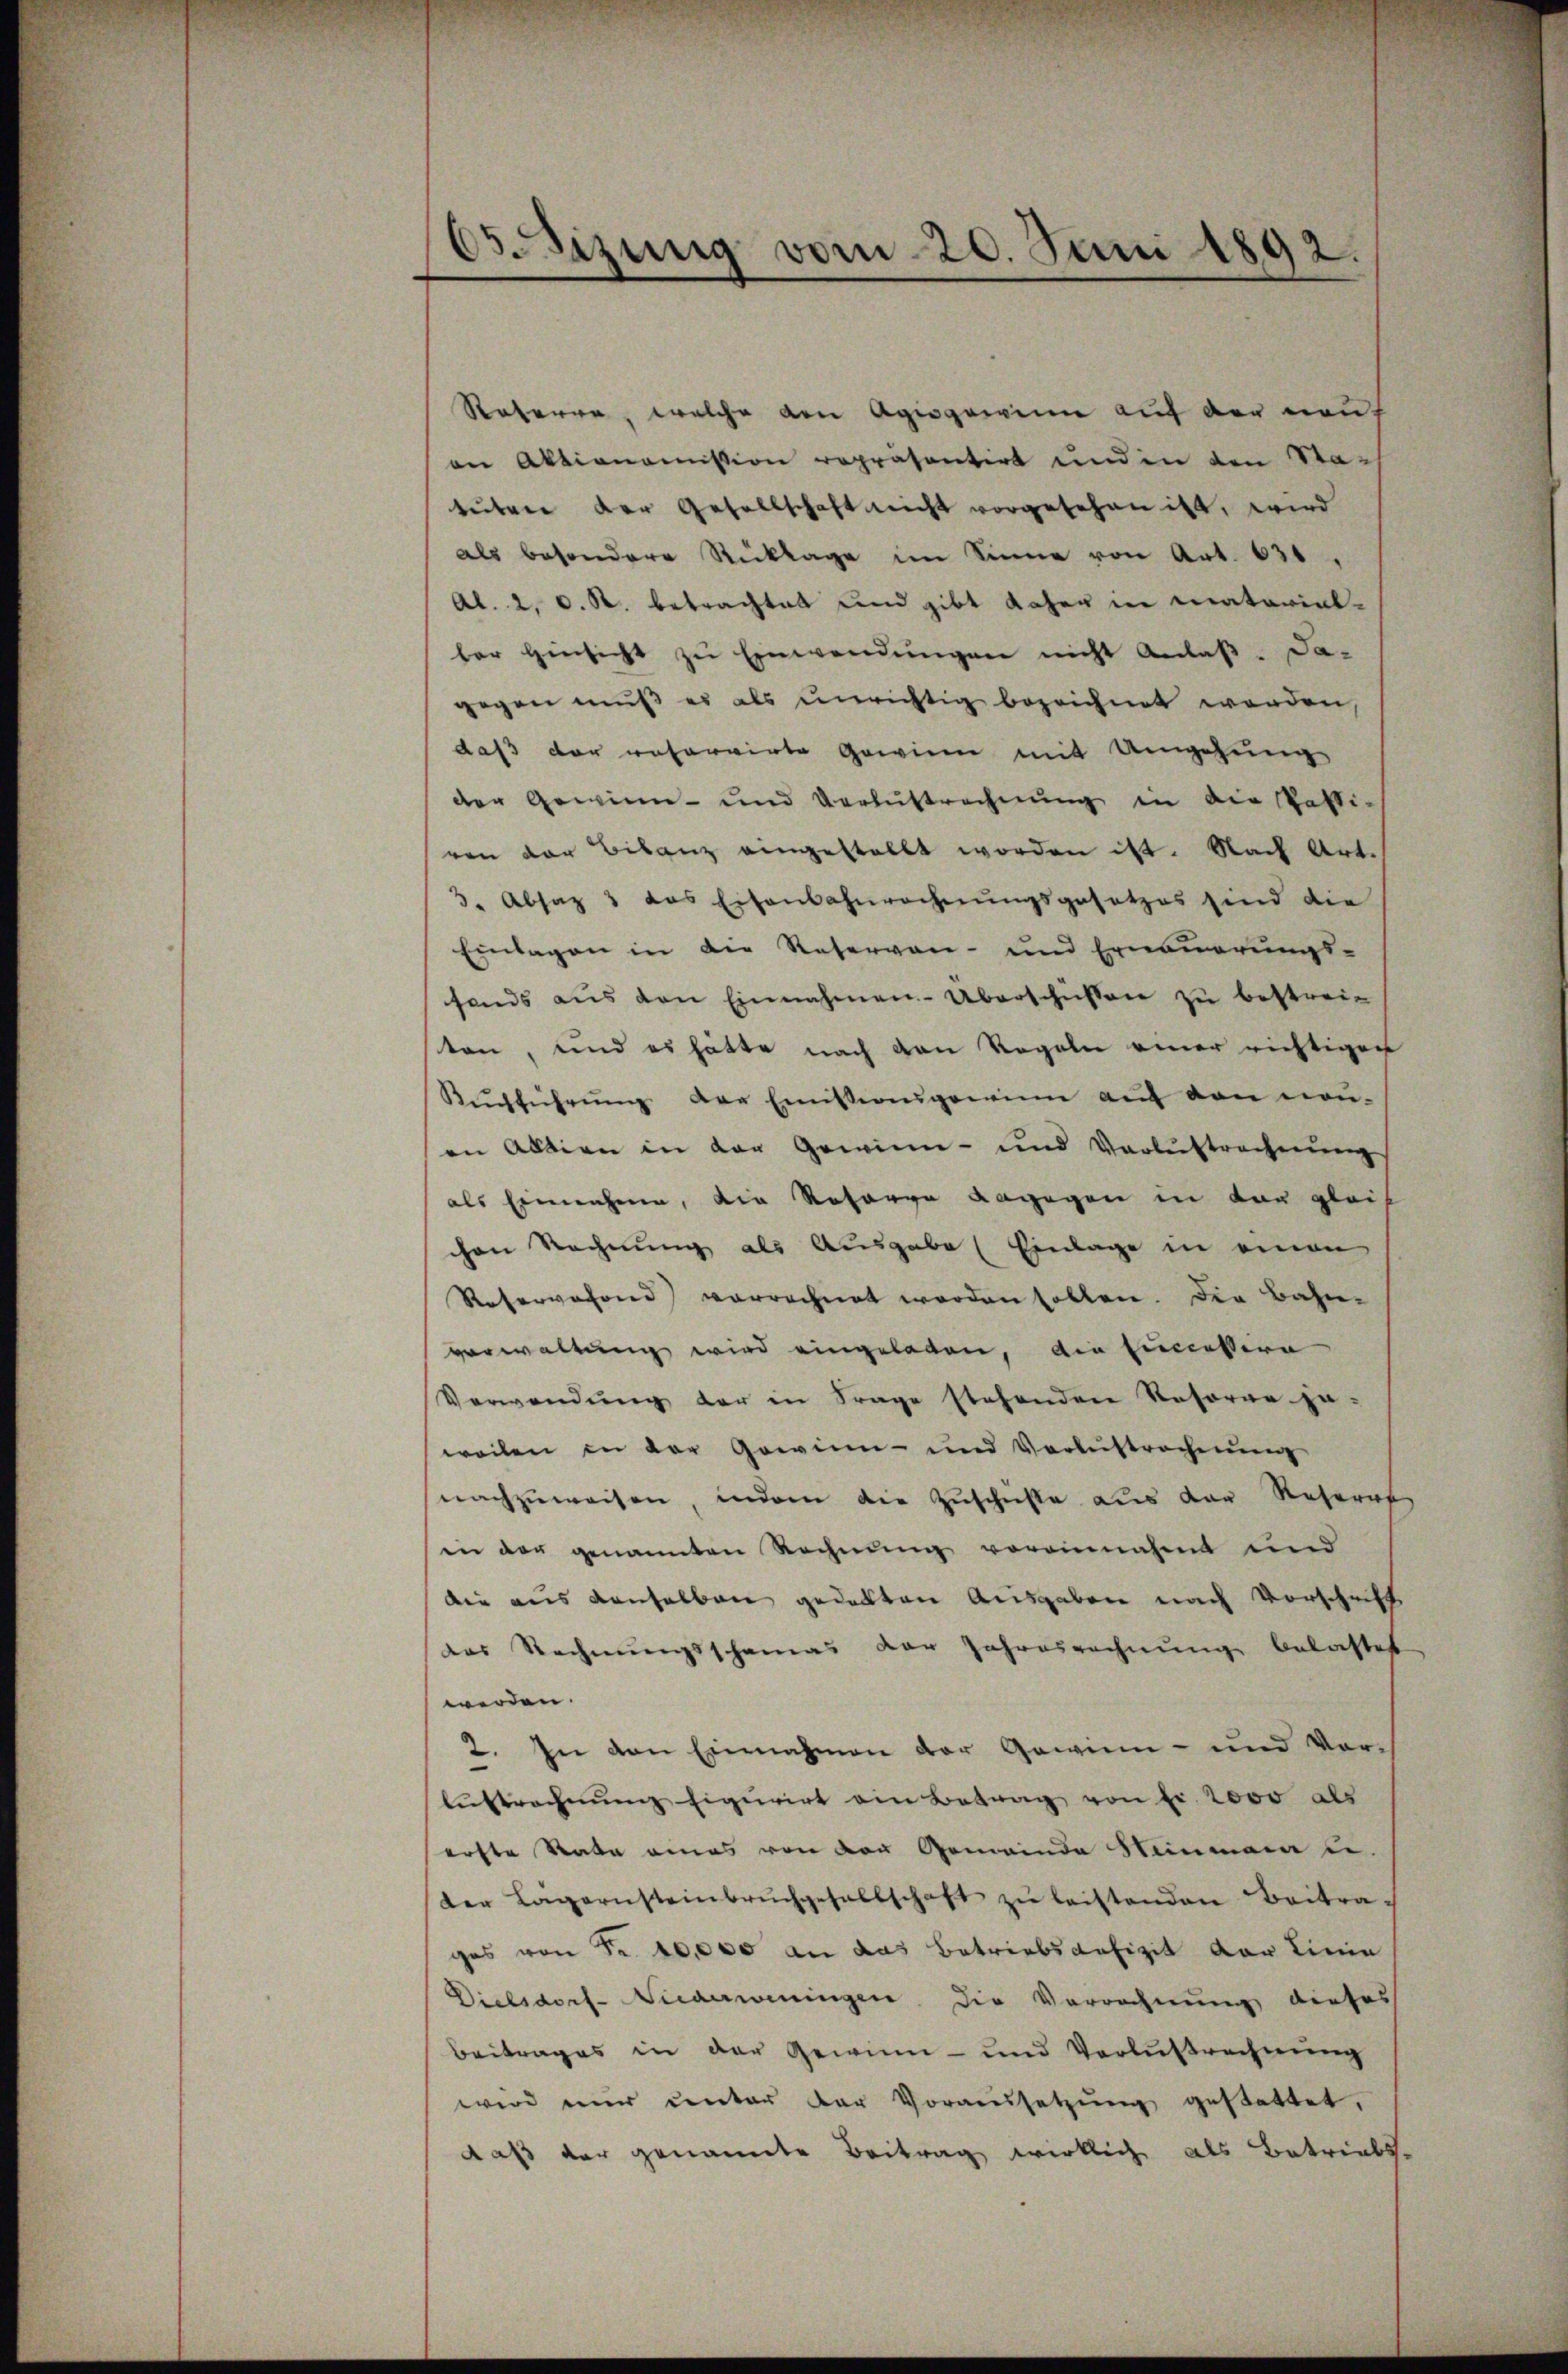
65. Sizung vom 20. Juni 1892.

Reterre, welche von Agiogewinn auf der neuan Aktionomission repräsentirt und in den Sta-
tuten der Gesellschaft nicht vorgesehen ist, wird
als besondere Rücklage im Sinne von Art. 630.
Al. 2, C. R. betrachtet und gibt daher in Katarial-
ber Hinsicht zu Einwendungen nicht Anlaß. Da-
gegen muß es als unrichtig bezeichnet werden,
daß der reformirte Gewinn mit Umgehung
der Gewinn- und Verlustrechnung in die Parti-
ven der Bilanz eingestellt worden ist. Nach Art.
3. Absaz 3 das Eisenbahnrechnŭngsgesetzes sind die
Einlagen in die Reservan- und Erneuerungs-
fonds aus den Einnahmen. Überschüssen zu bestreiton, und es hätte nach den Regeln einer richtigen
Kŭchführŭng der Emissionsgewinn auf den non-
an Abtien in der Gewinn- und Verlustrechnŭng
als Einnahme, die Reforge dagegen in dar gleich
chen Rechnung als Ausgabe (Einlage in einen
Reservefond vorrechnet worden sollen. Die Bahn-
verwaltung wird eingeladen, die Einestern
Verwendung der in Frage stehenden Resorar ja
weilen in der Gewinn- und Verbüstrechnŭng
nachzŭweisen, indem die Zuschuste aus der Referat
in der genannten Rechnung vereinnahm und
die aus denselben gedacten Ausgaben nach Vorschrift
das Rechnungsschamas der Jahresrechnung belastet
werden.
2. In den Einnahmen der Gewinn- und Vor-
Austrechnung figurirt ein Betrag von fr. 2000 als
erste Rate eines von der Gemeinde Heinmanu.
der Lagernsteinbrŭchgesellschaft zŭ leistenden Beitra-
ges von Fr. 10,000 an das Betriebsaefizit der Linie
Dielsdorf-Niederweningen. Die Vorrechnung dieses
Beitrages in der Gewinn- und Verlustrechnung
wird nur unter der Voraussetzŭng gestattet,
daß der genannte Beitrag wirklich als Betriebs-